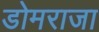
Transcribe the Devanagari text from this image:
डोमराजा